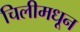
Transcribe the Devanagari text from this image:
चिलीमधून